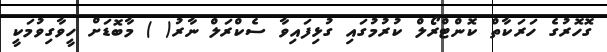
ގޮހޮރުގެ ހަރަކާތް ކޮންޓްރޯލް ކުރުމުގައި ގުޅިފައިވާ ސެކްރަލް ނާރު( ) މާބޮޑަށް ހީވާގިވުމަކީ